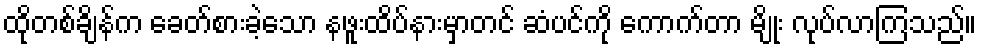
ထိုတစ်ချိန်က ခေတ်စားခဲ့သော နဖူးထိပ်နားမှာတင် ဆံပင်ကို ကောက်တာ မျိုး လုပ်လာကြသည်။